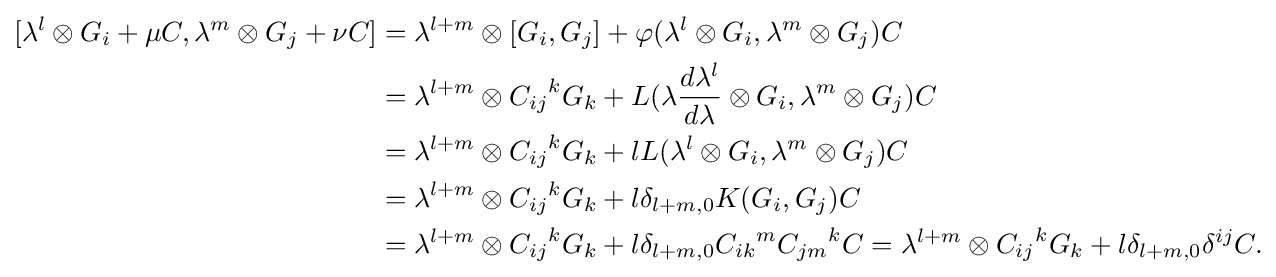
{\begin{aligned}{}[\lambda ^{l}\otimes G_{i}+\mu C,\lambda ^{m}\otimes G_{j}+\nu C]&=\lambda ^{l+m}\otimes [G_{i},G_{j}]+\varphi (\lambda ^{l}\otimes G_{i},\lambda ^{m}\otimes G_{j})C\\&=\lambda ^{l+m}\otimes {C_{ij}}^{k}G_{k}+L(\lambda {\frac {d\lambda ^{l}}{d\lambda }}\otimes G_{i},\lambda ^{m}\otimes G_{j})C\\&=\lambda ^{l+m}\otimes {C_{ij}}^{k}G_{k}+lL(\lambda ^{l}\otimes G_{i},\lambda ^{m}\otimes G_{j})C\\&=\lambda ^{l+m}\otimes {C_{ij}}^{k}G_{k}+l\delta _{l+m,0}K(G_{i},G_{j})C\\&=\lambda ^{l+m}\otimes {C_{ij}}^{k}G_{k}+l\delta _{l+m,0}{C_{ik}}^{m}{C_{jm}}^{k}C=\lambda ^{l+m}\otimes {C_{ij}}^{k}G_{k}+l\delta _{l+m,0}\delta ^{ij}C.\end{aligned}}